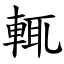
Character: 輒